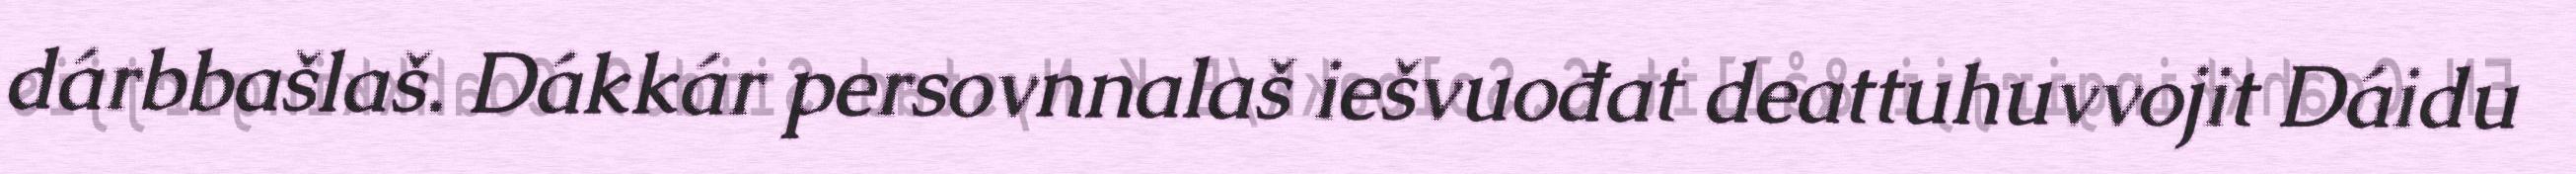
dárbbašlaš. Dákkár persovnnalaš iešvuođat deattuhuvvojit Dáidu